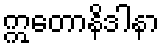
ဣတောနိဒါနာ